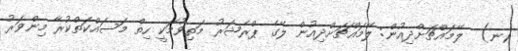
(ނ)  ލޭމައްޗަށްދިއުން: ލޭމައްޗަށްދިއުން ލޭގެ ޕްރެޝަރު މަތިވުމަކީ ހިތް މަސައްކަތްކުރާ މިންވަރު